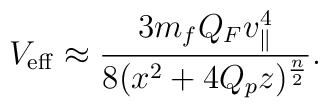
V_{\rm eff}\approx {{3m_fQ_Fv^4_{\parallel}}\over{8(x^2+4Q_pz)^{n\over 2}}}.